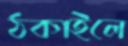
ঠকাইলে